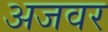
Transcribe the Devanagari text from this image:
अजवर